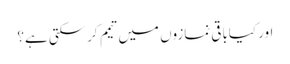
اور کیاباقی نمازوں میں تیمم کرسکتی ہے؟